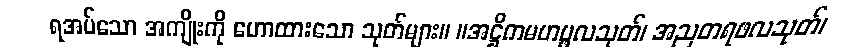
ရအပ်သော အကျိုးကို ဟောထားသော သုတ်များ။ ။အဋ္ဌိကမဟပ္ဖလသုတ်၊ အညတရဖလသုတ်၊